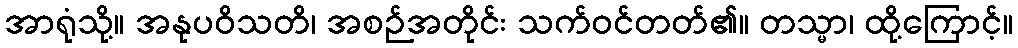
အာရုံသို့။ အနုပဝိသတိ၊ အစဉ်အတိုင်း သက်ဝင်တတ်၏။ တသ္မာ၊ ထို့ကြောင့်။